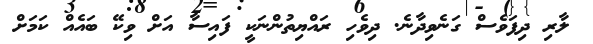
ލާރި ދިފަވެސް ގަނެވިދާނެ. ދިވެހި ރައްޔިތުންނަކީ ފައިސާ އަށް ވިކޭ ބައެއް ކަމަށް